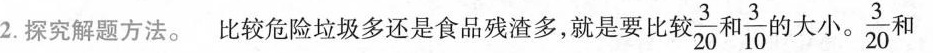
2.探究解题方法。比较危险垃圾多还是食品残渣多，就是要比较 \frac{3}{20}和 \frac{3}{10}.\frac{3}{20}和